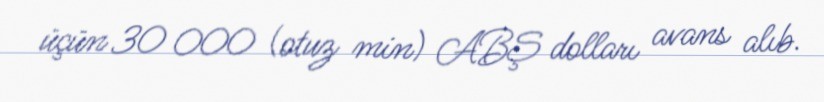
üçün 30 000 (otuz min) ABŞ dolları avans alıb.